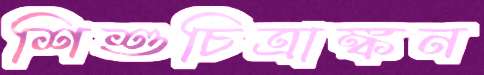
শিশুচিত্রাঙ্কন